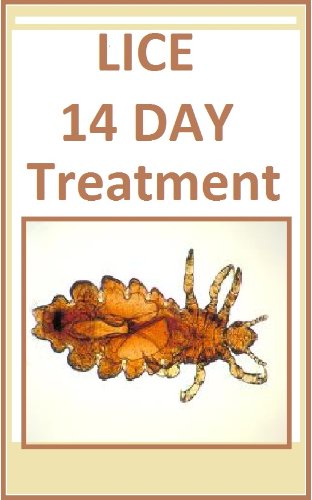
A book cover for HEAD LICE TREATMENT-- 14 DAY TREATMENT-How to get rid of Lice;  The Iowa Department of Public Healt; Health, Fitness & Dieting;